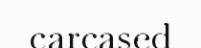
carcased